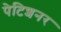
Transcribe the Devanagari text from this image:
पेटिशनर